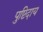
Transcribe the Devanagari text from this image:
पुष्टिदाय